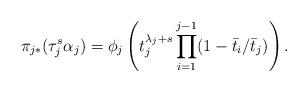
LaTeX: \begin{align*}\pi_{j*}( \tau_j^s\alpha_j)=\phi_j\left( t_j^{\lambda_j+s}\prod_{i=1}^{j-1}(1-\bar t_i/\bar t_j)\right).\end{align*}